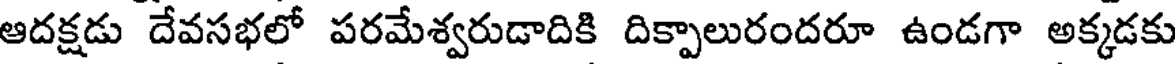
ఆదక్షడు దేవసభలో పరమేశ్వరుడాదికి దిక్పాలురందరూ ఉండగా అక్కడకు